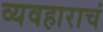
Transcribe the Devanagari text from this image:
व्यवहाराचं